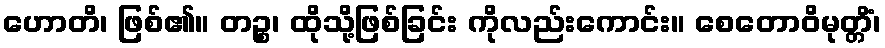
ဟောတိ၊ ဖြစ်၏။ တဉ္စ၊ ထိုသို့ဖြစ်ခြင်း ကိုလည်းကောင်း။ စေတောဝိမုတ္တိံ၊